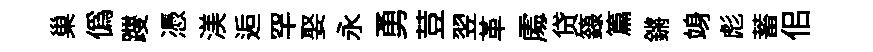
巢僞躞憑渼逅罕娶永勇荳翌革𠁅贷籙篇鏘竧彪蓄佀